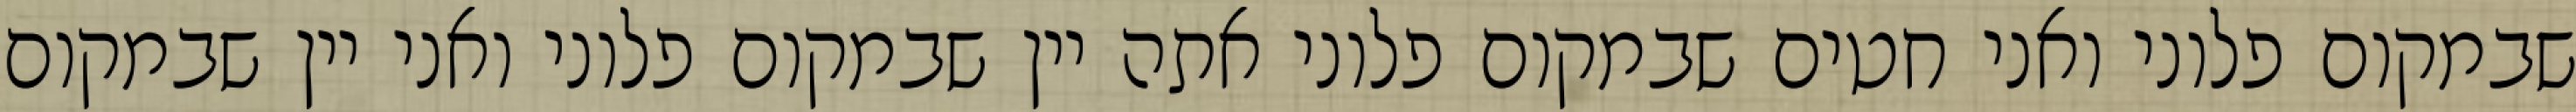
שבמקום פלוני ואני חטים שבמקום פלוני אתה יין שבמקום פלוני ואני יין שבמקום